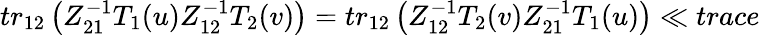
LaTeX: tr_{12}\left(Z_{21}^{-1}T_{1}(u)Z_{12}^{-1}T_{2}(v)\right)=tr_{12}\left(Z_{12}^{-1}T_{2}(v)Z_{21}^{-1}T_{1}(u)\right)\ll{trace}